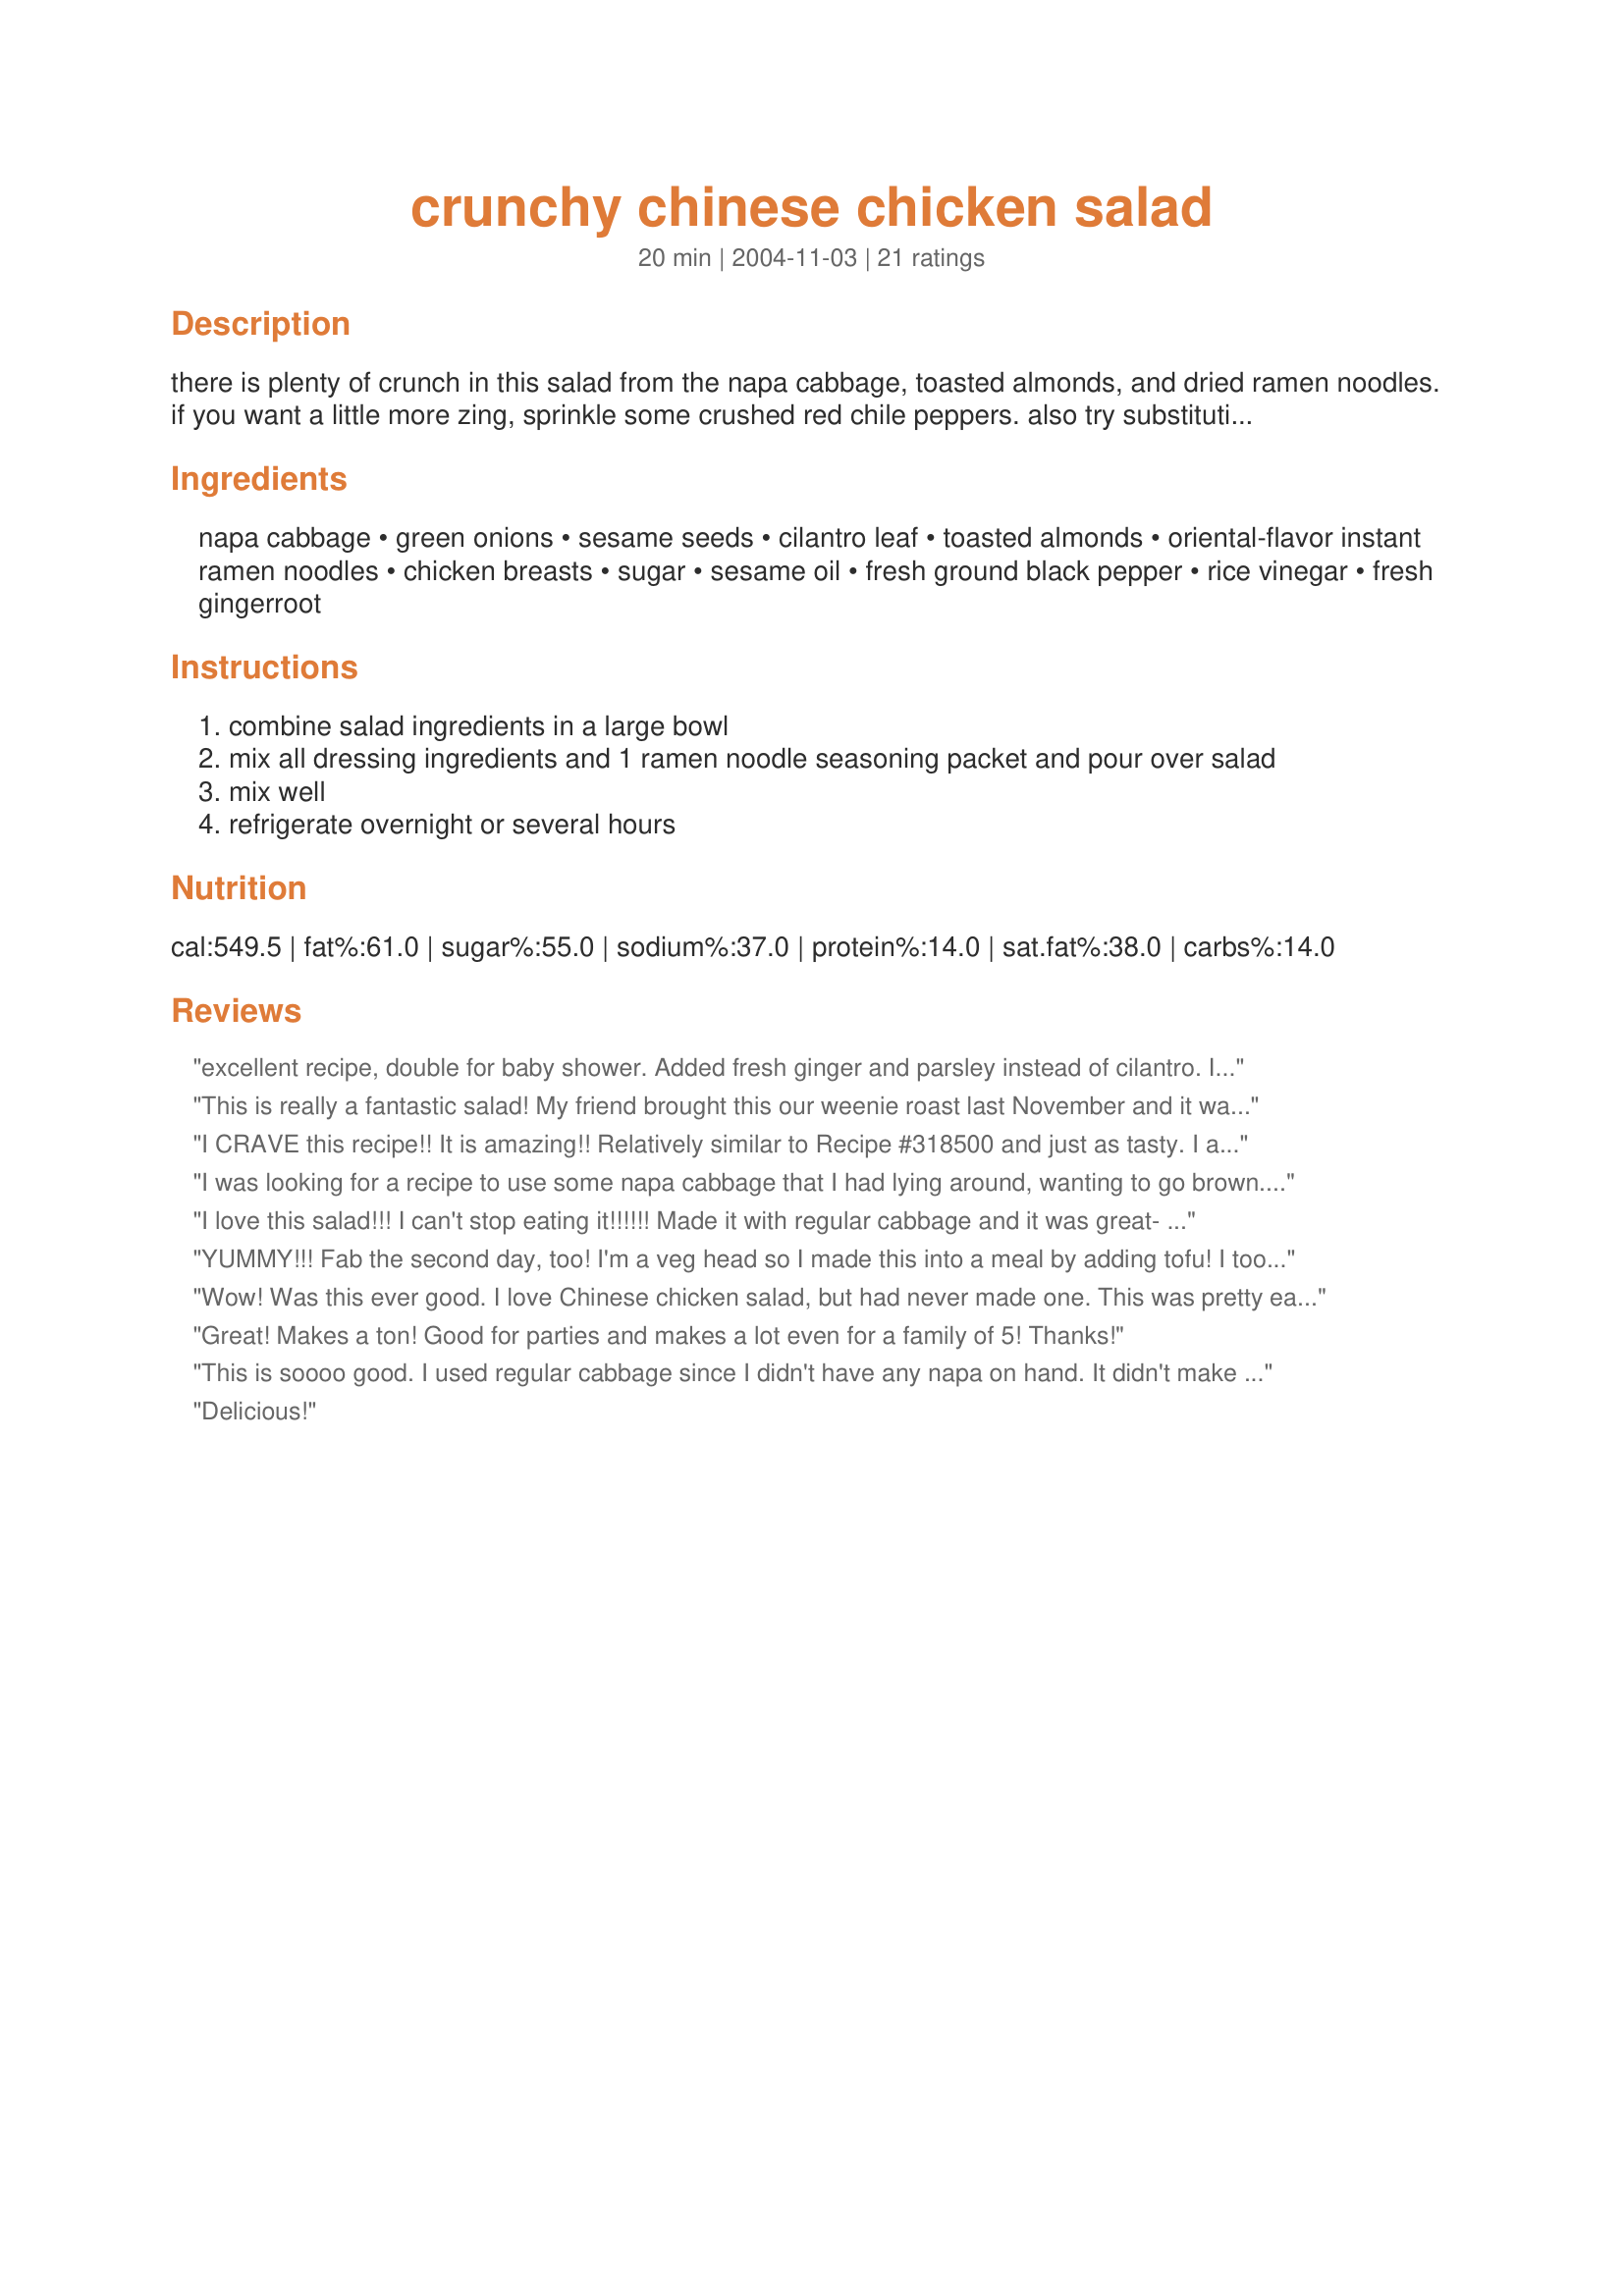
crunchy chinese chicken salad
Preparation time: 20 minutes

there is plenty of crunch in this salad from the napa cabbage, toasted almonds, and dried ramen noodles. if you want a little more zing, sprinkle some crushed red chile peppers. also try substituting peanuts for the almonds.

Ingredients:
napa cabbage, green onions, sesame seeds, cilantro leaf, toasted almonds, oriental-flavor instant ramen noodles, chicken breasts, sugar, sesame oil, fresh ground black pepper, rice vinegar, fresh gingerroot

Steps:
combine salad ingredients in a large bowl
mix all dressing ingredients and 1 ramen noodle seasoning packet and pour over salad
mix well
refrigerate overnight or several hours

Reviews:
excellent recipe, double for baby shower. Added fresh ginger and parsley instead of cilantro. In addition to sesame toasted, also added slivered almonds, and did 3 to 1 ration with sesame oil and crisco oil. Used boneless chicken breast that had simmered for one hour and shredded the chicken.
This is really a fantastic salad! My friend brought this our weenie roast last November and it was the first to go! In a pinch, you could also use the Chinese Chicken Salad dressing (and rotisserie chicken!) from Costco :) Thanks for posting!!
I CRAVE this recipe!! It is amazing!! Relatively similar to Recipe #318500 and just as tasty. I always use both ramen seasoning packets (why not?!) otherwise one would just go to waste! I think it gives it more flavor. Oh and btw I didn't realize that this had a 'marinating' time and was in a crunch so we went ahead and ate it.... still AMAZING!!
I was looking for a recipe to use some napa cabbage that I had lying around, wanting to go brown. This was perfect. We had tried a similar salad at Christmas and liked it. I was prepared to have to eat it myself if my DH didn't like it, he does not like coleslaw. Well that was not a problem, he went back for more. I didn't have sesame seeds so I added sunflower seeds and left out the cilantro, none of that either. I didn't have a lot of cabbage so I halved the recipe but made the full amount of dressing. I ate the rest for breakfast this morning and it was even better. Also didn't add chicken because I wanted it as a side dish. Thanks so much for a great recipe that I'm sure we will use again.
I love this salad!!! I can't stop eating it!!!!!! Made it with regular cabbage and it was great- thanks for a great way to use up leftover chicken!
YUMMY!!! Fab the second day, too! I'm a veg head so I made this into a meal by adding tofu! I took the seasoning packet reserved for the salad and sprinkled 1/2 on the chopped tofu (bite size). Fried in a pan on medium with a little EVOO and a little soy. When done, I just sprinkled with the rest of the packet (chicken). Added the other packet (oriental) as normal to the dressing. This is SO good and so easy! I also opted to 1/2 and 1/2 EVOO and sesame oil - I think it would have been too strong had I not. Also, since DH doesn't welcome cabbage with open arms, I added 1/2 lettuce and 1/2 cabbage. He loved it! Thanks, will definently make this again!
Wow! Was this ever good. I love Chinese chicken salad, but had never made one. This was pretty easy except I had whole almonds and sliced each one by hand. I used lettuce instead and squeeze tube ginger and cilantro (usually found in the cold produce section). Also I topped with mandarine oranges. With all the vinegar in the dressing that should act as a preservative so I'm going to make a larger batch of dressing that should keep for months in the fridge.
Great! Makes a ton! Good for parties and makes a lot even for a family of 5! Thanks!
This is soooo good. I used regular cabbage since I didn't have any napa on hand. It didn't make a difference. This is such a tasty salad. I love the crunch from the ramen noodles and the toasted almonds. I think this would be equally as good without the chicken breast for a side salad. Thank you for this delicious salad.....Stephanie
Delicious!
I enjoyed this recipe very much! I tried to cut it down in size to one portion, since I live alone and I think I managed to get the flavors just right. I poured the dressing on right before serving and it was delicious. 
The leftover didn't fair very well overnight, so I think this is best served immediately. I have a similar recipe which calls for coleslaw instead of the Napa cabbage. I think I will try it with mandarin oranges and red onion slices next time.
This was great. Unfortunately I misread the recipe and only on the last line realised that I was supposed to put this into the fridge overnight! I used 2 packets of chicken flavoured 2 minute noodles but instead of the noodles opted for crunchy precooked chinese noodles. Loved the flavour of the dressing. Will definitely make again soon as I'm intreguiged as to how the 2 minute noodles will turn out after leaving in the fridge overnight. We really enjoyed the chicken flavour but would love to try the oriental flaour.
Wonderful--definitely a 5-star recipe. The only thing I'd do different next time is not put the ramen noodles in until serving time (I like them crunchier). I also added 1/2 can water chestnuts, diced. I didn't use the seasoning packet (too much MSG), but made my own seasoning with 3 cloves garlic, minced, 2-3 tsp. shoyu (a type of soy sauce), 1 tsp. Hoisin sauce, 1 Tbsp. fish sauce (you don't taste this, but it gives it "umami") and 1/4 tsp. red pepper flakes. The salad got rave reviews; it's way superior to anything I've ever had in a restaurant or from a deli. Thanks for sharing this recipe.
Yummy! I made this and used both pkts of raman seasoning, was not too salty at all. Also used cashews instead of almonds. I would mix up about 50% more dressing though, as it absorbs into the noodles it causes some dryness. Unless you do as hotlilnumber suggested. I think I will try that next time I make this (tomorrow!!) I also added some tiny broccoli florets and thinly sliced carrots. It was a HIT!! Thanks so much for sharing!
I really liked the dressing but did not like the raw napa cabbage. Will try with a different kind of greens next time.
I have this *EXACT* recipe, minus the ginger root and using only one package of ramen, and I loooove it!! The only difference is I mix the dressing in right before serving, b/c I've found the greens don't "hold up" too well. I've even experimented by using romaine lettuce, and adding mandarin oranges & mushrooms, and DH & I enjoy that for a light meal! Yum and so easy!!!
My family loved this! I used the chile flavor seasoning packet from ramen. I reduced the oil and used half peanut, and half sesame-chile oil. I also reduced the sugar to 2 tablespoons. Very, very, good.
Excellent! Followed the recipe exactly except I only added 3 tablespoons of sugar. I also added a little Chicken Chili Sauce (3 tbs.) which I had purchased at my local Asian market. I didn't put in as much cilantro as I feel it can overwhelm a dish. I did include the gingerroot. Awesome, will be making this again.
My friend has made this recipe at our work potlucks for years, and it is always the best thing there! She only uses one package of the ramen noodles, and makes the dressing the night before. About 30 minutes before serving, she stirs in the crushed ramen noodles and dressing. This way the noodles are really crunchy!! Trust me, you can't go wrong with this one..
Good stuff Sharlene! This is my husband's favorite salad and he wholeheartedly approved of this recipe. I did make a few minor changes: I used regular green cabbage since that's what I had; I only used 3 T sugar and 1/4 cup sesame oil in the dressing because I was afraid that the it would be too sweet and overpowering. I added in 1/4 cup canola oil in place of the sesame and it was just right. We loved the fresh ginger and cilantro in the salad. I'll definitely be making this again!
This is one of my favorite recipes of all time! I am so glad you have put it on here. I usually add mandarin oranges for sweetness & the noodles in last for extra crunch!
